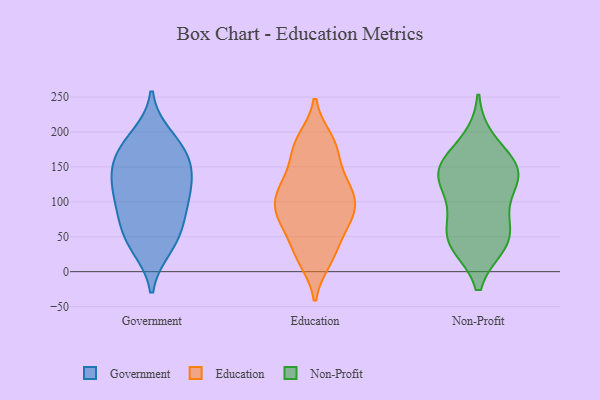
{"axis": {"x": "Headcount", "y": "Value"}, "legend": ["Education", "Government", "Non-Profit"], "data": [{"x": "", "y": 193, "type": "Government"}, {"x": "", "y": 141, "type": "Government"}, {"x": "", "y": 140, "type": "Government"}, {"x": "", "y": 163, "type": "Government"}, {"x": "", "y": 127, "type": "Government"}, {"x": "", "y": 55, "type": "Government"}, {"x": "", "y": 178, "type": "Government"}, {"x": "", "y": 42, "type": "Government"}, {"x": "", "y": 35, "type": "Government"}, {"x": "", "y": 94, "type": "Government"}, {"x": "", "y": 114, "type": "Government"}, {"x": "", "y": 72, "type": "Government"}, {"x": "", "y": 98, "type": "Government"}, {"x": "", "y": 172, "type": "Government"}, {"x": "", "y": 171, "type": "Education"}, {"x": "", "y": 87, "type": "Education"}, {"x": "", "y": 88, "type": "Education"}, {"x": "", "y": 17, "type": "Education"}, {"x": "", "y": 27, "type": "Education"}, {"x": "", "y": 189, "type": "Education"}, {"x": "", "y": 109, "type": "Education"}, {"x": "", "y": 114, "type": "Education"}, {"x": "", "y": 171, "type": "Education"}, {"x": "", "y": 121, "type": "Education"}, {"x": "", "y": 132, "type": "Education"}, {"x": "", "y": 186, "type": "Education"}, {"x": "", "y": 80, "type": "Education"}, {"x": "", "y": 60, "type": "Education"}, {"x": "", "y": 125, "type": "Education"}, {"x": "", "y": 24, "type": "Education"}, {"x": "", "y": 66, "type": "Education"}, {"x": "", "y": 86, "type": "Education"}, {"x": "", "y": 51, "type": "Non-Profit"}, {"x": "", "y": 147, "type": "Non-Profit"}, {"x": "", "y": 85, "type": "Non-Profit"}, {"x": "", "y": 146, "type": "Non-Profit"}, {"x": "", "y": 187, "type": "Non-Profit"}, {"x": "", "y": 44, "type": "Non-Profit"}, {"x": "", "y": 45, "type": "Non-Profit"}, {"x": "", "y": 144, "type": "Non-Profit"}, {"x": "", "y": 139, "type": "Non-Profit"}, {"x": "", "y": 143, "type": "Non-Profit"}, {"x": "", "y": 106, "type": "Non-Profit"}, {"x": "", "y": 40, "type": "Non-Profit"}]}